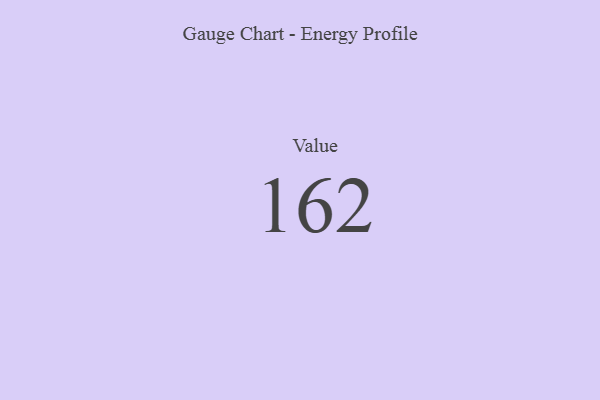
{"axis": {"x": "Metric", "y": "Value"}, "legend": [""], "data": [{"x": "Value", "y": 162, "type": ""}]}